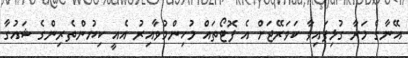
އޭނާގެ މަރާ ގުޅިފައިވާ ކަވަރޭޖަށް އެ ފޮޓޯތައް މުހިންމުވާއިރު އެއީ ކިޔުންތެރިންގެ ޝައުގާ